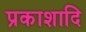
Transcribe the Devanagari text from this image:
प्रकाशादि